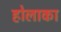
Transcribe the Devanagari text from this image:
होलाका